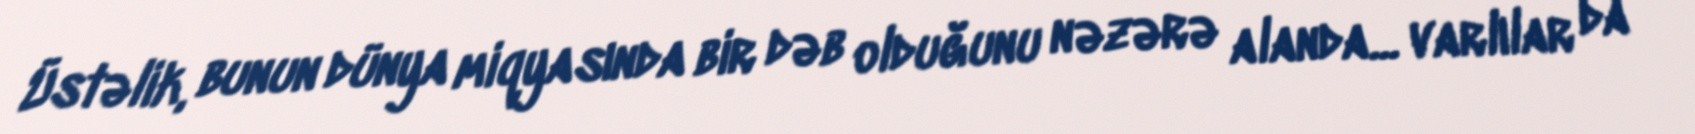
Üstəlik, bunun dünya miqyasında bir dəb olduğunu nəzərə alanda... varlılar da